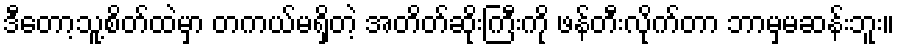
ဒီတော့သူ့စိတ်ထဲမှာ တကယ်မရှိတဲ့ အတိတ်ဆိုးကြီးကို ဖန်တီးလိုက်တာ ဘာမှမဆန်းဘူး။